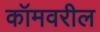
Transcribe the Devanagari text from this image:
कॉमवरील